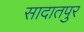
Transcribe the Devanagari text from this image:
सादातपुर